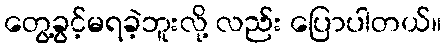
တွေ့ခွင့်မရခဲ့ဘူးလို့ လည်း ပြောပါတယ်။